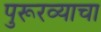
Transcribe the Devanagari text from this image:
पुरूरव्याचा